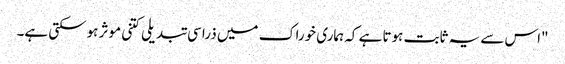
"اس سے یہ ثابت ہوتا ہے کہ ہماری خوراک میں ذرا سی تبدیلی کتنی موثر ہوسکتی ہے۔